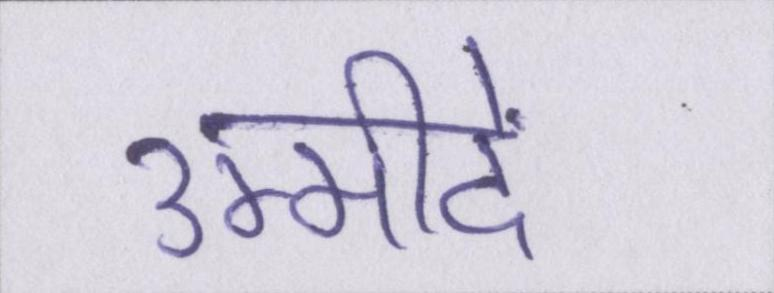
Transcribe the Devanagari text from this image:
उम्मीदें